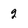
Character: 2